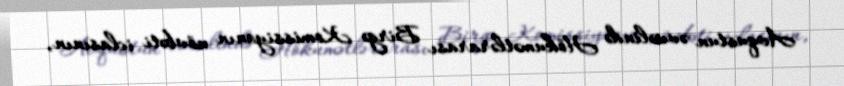
Avqustun əvvəlində Hökumətlərarası Birgə Komissiyanın növbəti iclasının,